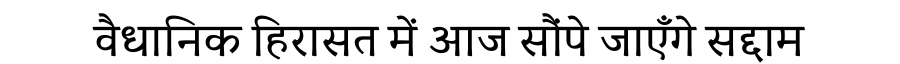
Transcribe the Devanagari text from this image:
वैधानिक हिरासत में आज सौंपे जाएँगे सद्दाम